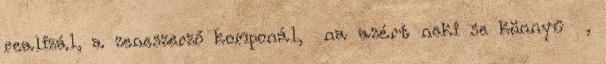
realizál, a zeneszerző komponál, na azért neki se könnyű ,